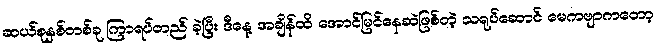
ဆယ်စုနှစ်တစ်ခု ကြာရပ်တည် ခဲ့ပြီး ဒီနေ့ အချိန်ထိ အောင်မြင်နေဆဲဖြစ်တဲ့ သရုပ်ဆောင် မေကဗျာကတော့